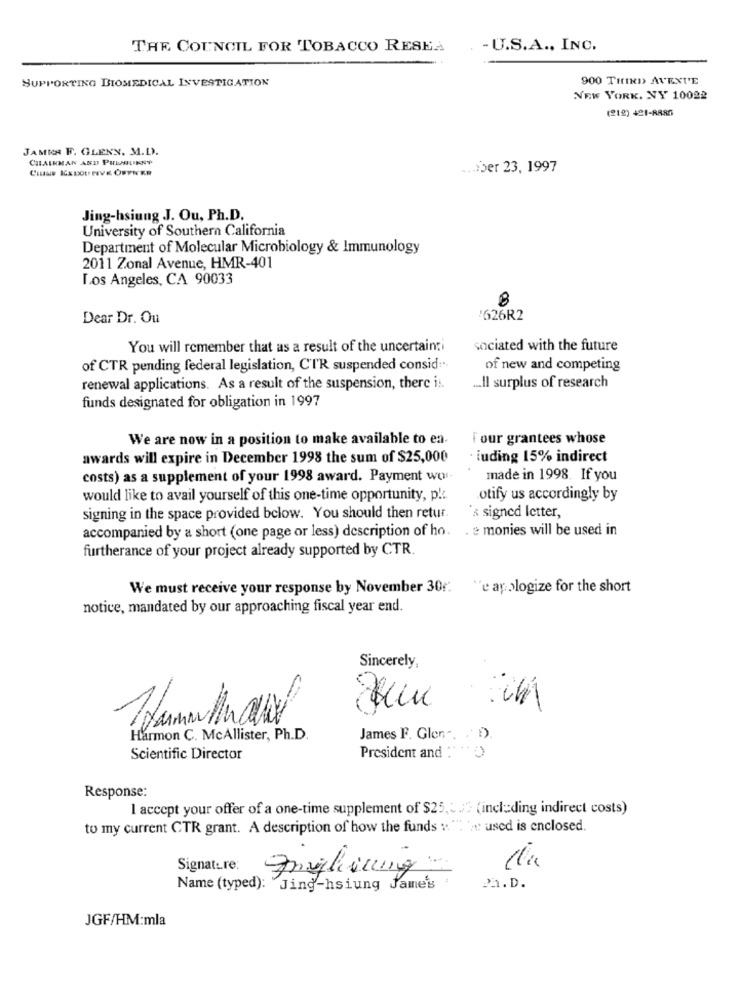
THE COUNCIL FOR TOBACCO RESEA
- U.S.A ., INC.
SUPPORTING BIOMEDICAL INVESTIGATION
900 THIRD AVENUE
NEW YORK, NY 10022
(212) 421-R885
JAMEN F. GLENN. M.D.
CHAIRMAN AND PULSSLIKNY
... iber 23, 1997
Jing-hsiung J. Ou, Ph.D.
University of Southern California
Department of Molecular Microbiology & Immunology
2011 Zonal Avenue, HMR-401
Los Angeles, CA 90033
8
Dear Dr. Ou
'626R2
You will remember that as a result of the uncertainti
sociated with the future
of CTR pending federal legislation, C'TR suspended consid ...
of new and competing
renewal applications. As a result of the suspension, there is.
... Il surplus of research
funds designated for obligation in 1997
We are now in a position to make available to en.
i our grantees whose
awards will expire in December 1998 the sum of $25,000
iuding 15% indirect
costs) as a supplement of your 1998 award. Payment wo.
made in 1998. If you
would like to avail yourself of this one-time opportunity, p !:
otify us accordingly by
signing in the space provided below. You should then retur.
's signed letter,
accompanied by a short (one page or less) description of ho.
. e monies will be used in
furtherance of your project already supported by CTR.
We must receive your response by November 30r: "e apologize for the short
notice, mandated by our approaching fiscal year end.
Sincerely,
Harmon C. McAllister, Ph.D.
James F. Glon -. . 1)
Scientific Director
President and : ")
Response:
I accept your offer of a one-time supplement of $25,2,3 (including indirect costs)
to my current CTR grant. A description of how the funds : " 't: used is enclosed
Signature:
Angliung -
Name (typed): "Jing-hsiung Jane's
22.D.
JGF/HM:mla